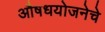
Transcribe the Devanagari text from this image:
औषधयोजनेचे